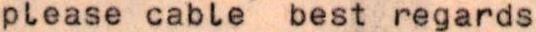
please cable  best regards